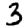
Digit: 3